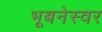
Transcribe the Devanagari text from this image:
भूबनेस्वर